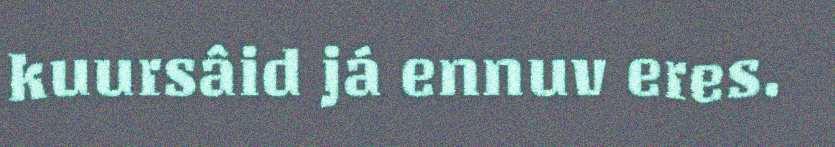
kuursâid já ennuv eres.